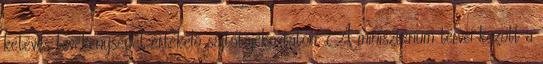
kétéves tevékenységét értékelő sajtótájékoztatón. A minisztérium tervei között a